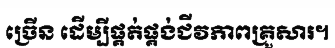
ច្រើន ដើម្បីផ្គត់ផ្គង់ជីវភាពគ្រួសារ។